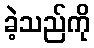
ခဲ့သည်ကို